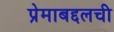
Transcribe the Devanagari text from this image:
प्रेमाबद्दलची